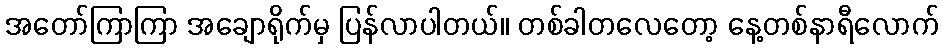
အတော်ကြာကြာ အချောရိုက်မှ ပြန်လာပါတယ်။ တစ်ခါတလေတော့ နေ့တစ်နာရီလောက်